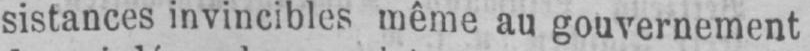
sistances invincibles même au gouvernement